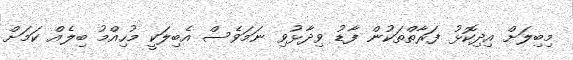
މިބިލަށް އިދިކޮޅު ފަރާތްތަކުން ފާޑު ވިދާޅުވި ނަމަވެސް އެބިލަކީ މުހިއްމު ބިލެއް ކަމަށް